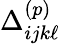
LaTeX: \Delta_{ijk\ell}^{(p)}